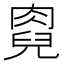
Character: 𠒯